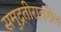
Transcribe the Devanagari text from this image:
समुद्रतीरावरील